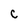
Character: C